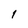
Character: l